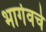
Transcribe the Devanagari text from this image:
भार्गवचे